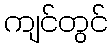
ကျင်တွင်